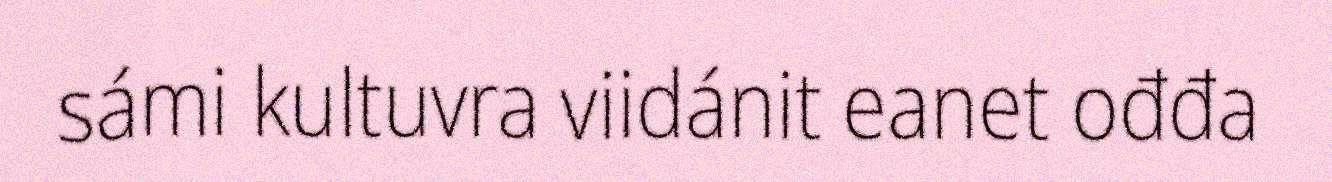
sámi kultuvra viidánit eanet ođđa